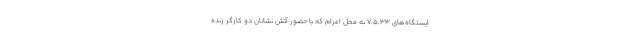
ایستگاه‌های 7،5،33 به محل اعزام که با حضور آتش نشانان دو کارگر زنده‌